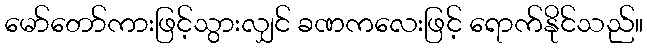
မော်တော်ကားဖြင့်သွားလျှင် ခဏကလေးဖြင့် ရောက်နိုင်သည်။